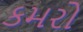
કમરો